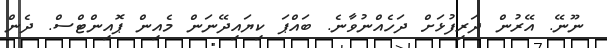
ނޫނޭ. އޭރުން ދަރިފުޅަށް ދަހެއްނުވާނެ. ބައްޕަ ކިޔައިދޭނަން މެއިން ޕޮއިންޓްސް. ދެން